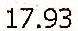
17.93